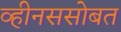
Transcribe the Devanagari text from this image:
व्हीनससोबत